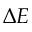
\Delta E